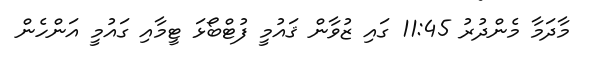
މާދަމާ މެންދުރު 11:45 ގައި ޒުވާން ޤައުމީ ފުޓްބޯޅަ ޓީމާއި ގައުމީ އަންހެން